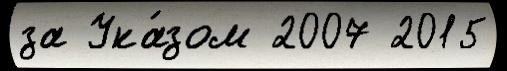
за Ука́зом 2007 2015